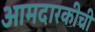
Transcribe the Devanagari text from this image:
आमदारकीची